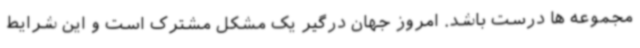
مجموعه ها درست باشد. امروز جهان درگیر یک مشکل مشترک است و این شرایط